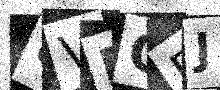
Text: UVBQEJ